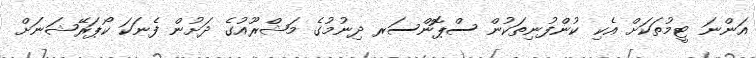
އަންނަ ޓީމުތަކަށް އެކި ކުންފުނިތަކުން ސްޕޮންސަރ ދިނުމުގެ މަޝްރޫއުގެ ދަށުން ފެނަކަ ކޯޕަރޭޝަނަށް